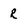
Character: r